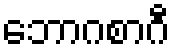
ဘောဂစာဂီ